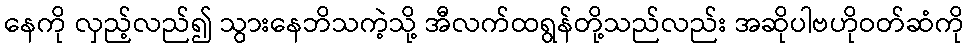
နေကို လှည့်လည်၍ သွားနေဘိသကဲ့သို့ အီလက်ထရွန်တို့သည်လည်း အဆိုပါဗဟိုဝတ်ဆံကို